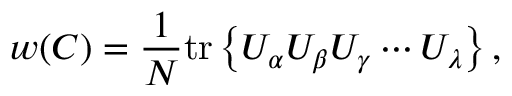
w ( C ) = \frac { 1 } { N } \mathrm { t r } \left\{ U _ { \alpha } U _ { \beta } U _ { \gamma } \cdots U _ { \lambda } \right\} ,